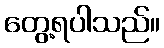
တွေ့ရပါသည်။